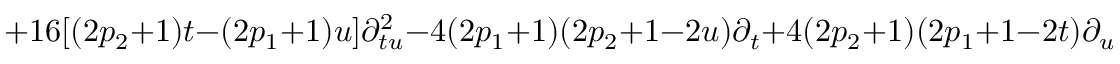
+ 1 6 [ ( 2 p _ { 2 } + 1 ) t - ( 2 p _ { 1 } + 1 ) u ] \partial _ { t u } ^ { 2 } - 4 ( 2 p _ { 1 } + 1 ) ( 2 p _ { 2 } + 1 - 2 u ) \partial _ { t } + 4 ( 2 p _ { 2 } + 1 ) ( 2 p _ { 1 } + 1 - 2 t ) \partial _ { u }